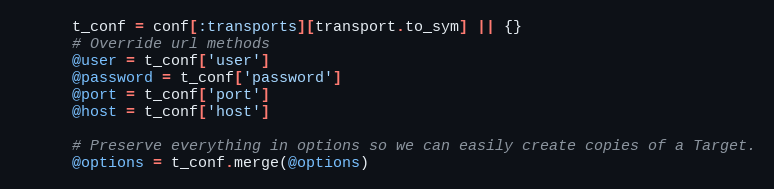
Language: Ruby
      t_conf = conf[:transports][transport.to_sym] || {}
      # Override url methods
      @user = t_conf['user']
      @password = t_conf['password']
      @port = t_conf['port']
      @host = t_conf['host']

      # Preserve everything in options so we can easily create copies of a Target.
      @options = t_conf.merge(@options)